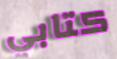
كتابي